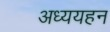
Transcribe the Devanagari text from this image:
अध्ययहन